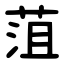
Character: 菹